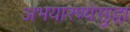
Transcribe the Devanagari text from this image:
अभयारण्येसुद्धा